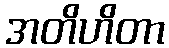
အတိဟိတာ